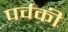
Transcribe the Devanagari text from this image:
पर्वकी